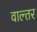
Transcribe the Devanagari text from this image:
वाल्तर